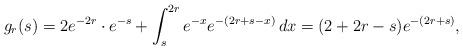
LaTeX: \begin{align*}g_r(s)=2e^{-2r}\cdot e^{-s}+\int_{s}^{2r}e^{-x}e^{-(2r+s-x)}\,dx=(2+2r-s)e^{-(2r+s)},\end{align*}